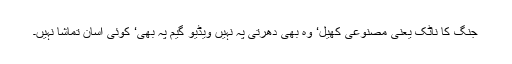
جنگ کا ناٹک یعنی مصنوعی کھیل‘ وہ بھی دھرتی پہ نہیں ویڈیو گیم پہ بھی‘ کوئی آسان تماشا نہیں۔